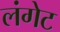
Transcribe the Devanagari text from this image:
लंगेट